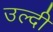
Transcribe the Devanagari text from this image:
उल्दी